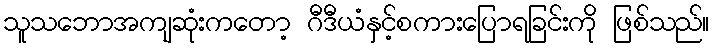
သူသဘောအကျဆုံးကတော့ ဂီဒီယံနှင့်စကားပြောရခြင်းကို ဖြစ်သည်။